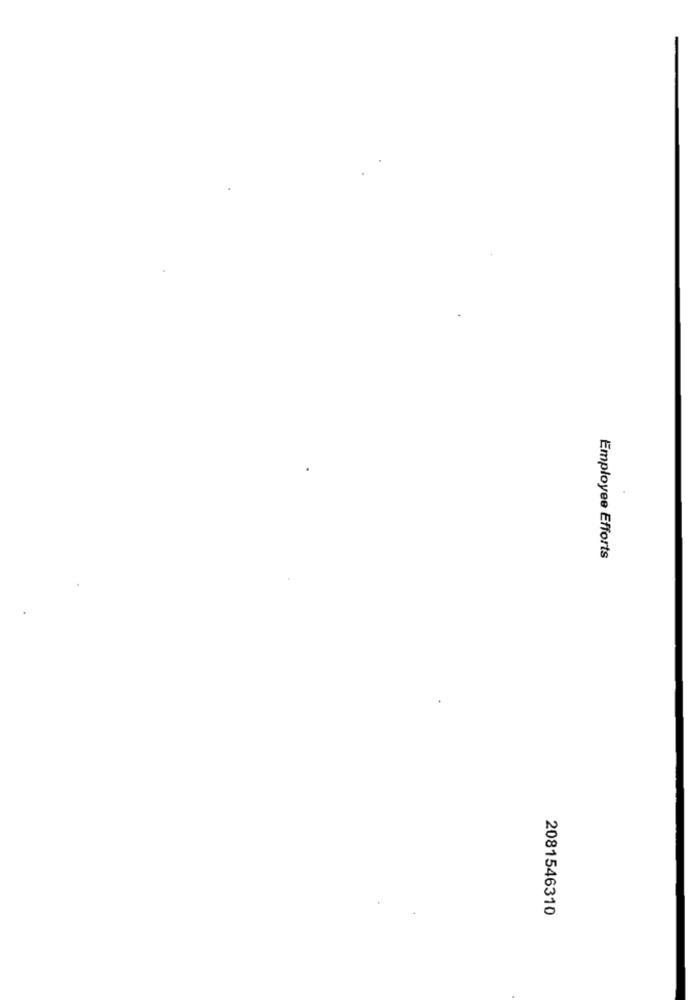
Employee Efforts
2081546310